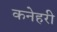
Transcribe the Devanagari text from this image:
कनेहरी